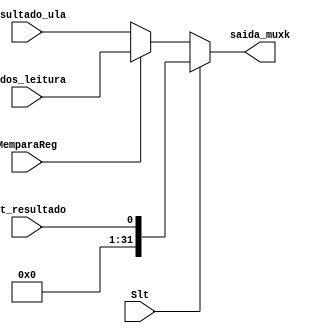
module muxk (Dados_leitura, Slt_resultado, Resultado_ula, Slt, MemparaReg, saida_muxk);
	
	input [31:0] Dados_leitura;
	input Slt_resultado, Slt, MemparaReg;
	input [31:0] Resultado_ula;
	
	output reg [31:0] saida_muxk;
	
	always @(*)
	begin
		if (Slt) saida_muxk = Slt_resultado;
		else if (MemparaReg) saida_muxk = Dados_leitura;
		else saida_muxk = Resultado_ula;
	
	end


endmodule